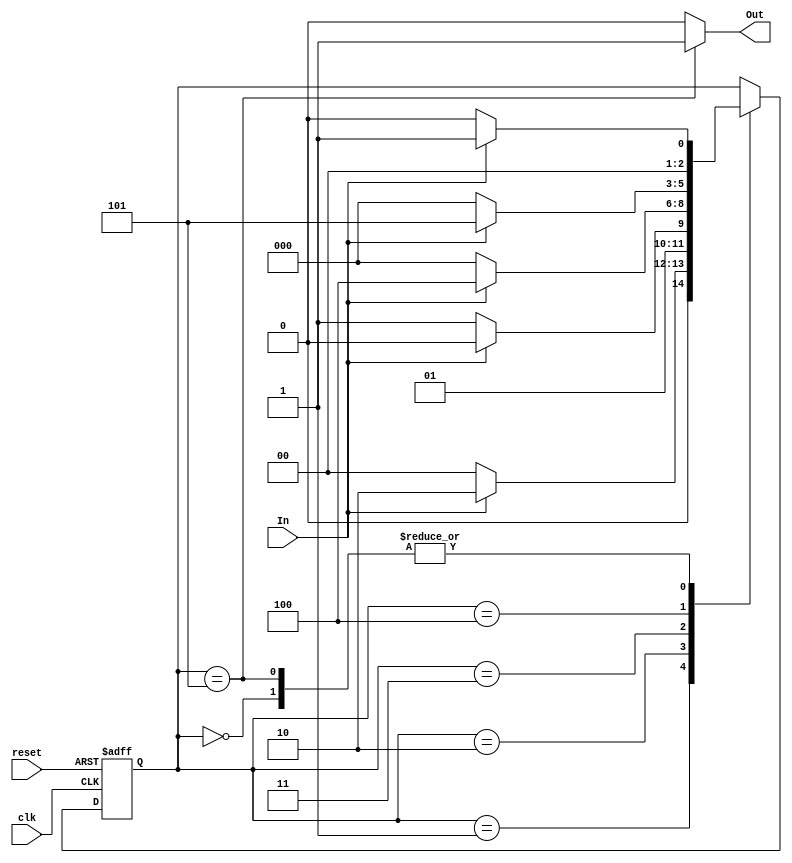
`timescale 1ns / 1ps
//////////////////////////////////////////////////////////////////////////////////
// Company: 
// Engineer: 
// 
// Design Name: 
// Module Name: Sequencer_detector_FSM
// Project Name: 
// Target Devices: 
// Tool Versions: 
// Description: 
// 
// Dependencies: 
// 
// Revision:
// Revision 0.01 - File Created
// Additional Comments:
// 
//////////////////////////////////////////////////////////////////////////////////


module Sequencer_detector_FSM(clk, reset, In, Out);
input clk, reset, In;
output reg Out; 

// state encoding 
reg [2:0] s0 = 3'b000;
reg [2:0] s1 = 3'b001;
reg [2:0] s2 = 3'b010;
reg [2:0] s3 = 3'b011;
reg [2:0] s4 = 3'b100;
reg [2:0] s5 = 3'b101;

// internal registers 
reg [2:0] state_reg, state_next; 

// current state logic
always@(posedge clk, posedge reset)
if (reset)
    state_reg <= 1'b0;
else 
    state_reg <= state_next; 
    
// next_state logic
always@(*)
case(state_reg)
3'b000 : if (In) state_next = s1; else state_next = s0;
3'b001 : if (In) state_next = s2; else state_next = s0; 
3'b010 : if (~In) state_next = s3; else state_next = s2;
3'b011 : if (In) state_next = s4; else state_next = s0;
3'b100 : if (In) state_next = s5; else state_next = s0;
3'b101 : if (In) state_next = s1; else state_next = s0;
default : state_next = state_reg; 
endcase

// output logic
always@(*)
case(state_reg)
3'b000 : Out = 1'b0; 
3'b001 : Out = 1'b0;
3'b010 : Out = 1'b0;
3'b011 : Out = 1'b0;
3'b100 : Out = 1'b0;
3'b101 : Out = 1'b1;
default : Out = 1'b0; 
endcase
      






endmodule